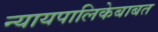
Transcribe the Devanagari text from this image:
न्यायपालिकेबाबत